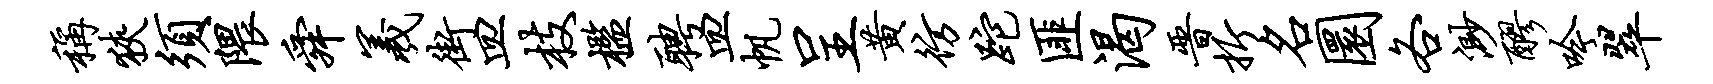
称狭须隈舜羲街皿枝槛聘皿帆呈黄彷跎匪渴晋折名圜各渺醪吟翠